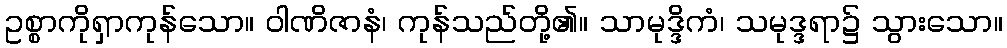
ဥစ္စာကိုရှာကုန်သော။ ဝါဏိဇာနံ၊ ကုန်သည်တို့၏။ သာမုဒ္ဒိကံ၊ သမုဒ္ဒရာ၌ သွားသော။